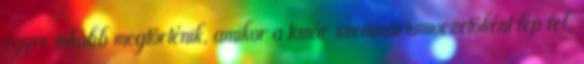
egyre inkább megtörténik, amikor a tanár szemináriumvezetőként lép fel,